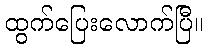
ထွက်ပြေးလောက်ပြီ။